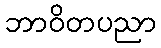
ဘာဝိတပညာ